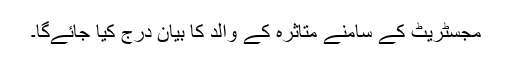
مجسٹریٹ کے سامنے متاثرہ کے والد کا بیان درج کیا جائے‌گا۔